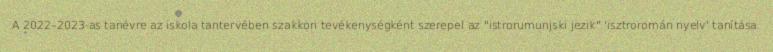
A 2022–2023-as tanévre az iskola tantervében szakköri tevékenységként szerepel az "istrorumunjski jezik" 'isztroromán nyelv' tanítása.